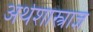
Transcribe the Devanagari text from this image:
अर्थशास्त्राज्ञ